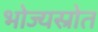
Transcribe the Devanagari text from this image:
भोज्यस्रोत